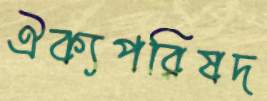
ঐক্যপরিষদ